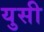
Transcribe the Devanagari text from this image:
युसी